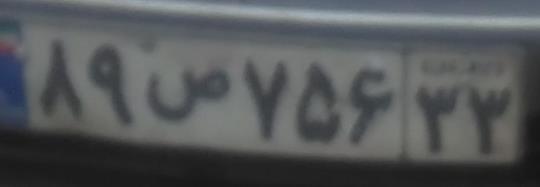
۸۹ص۷۵۶۳۳